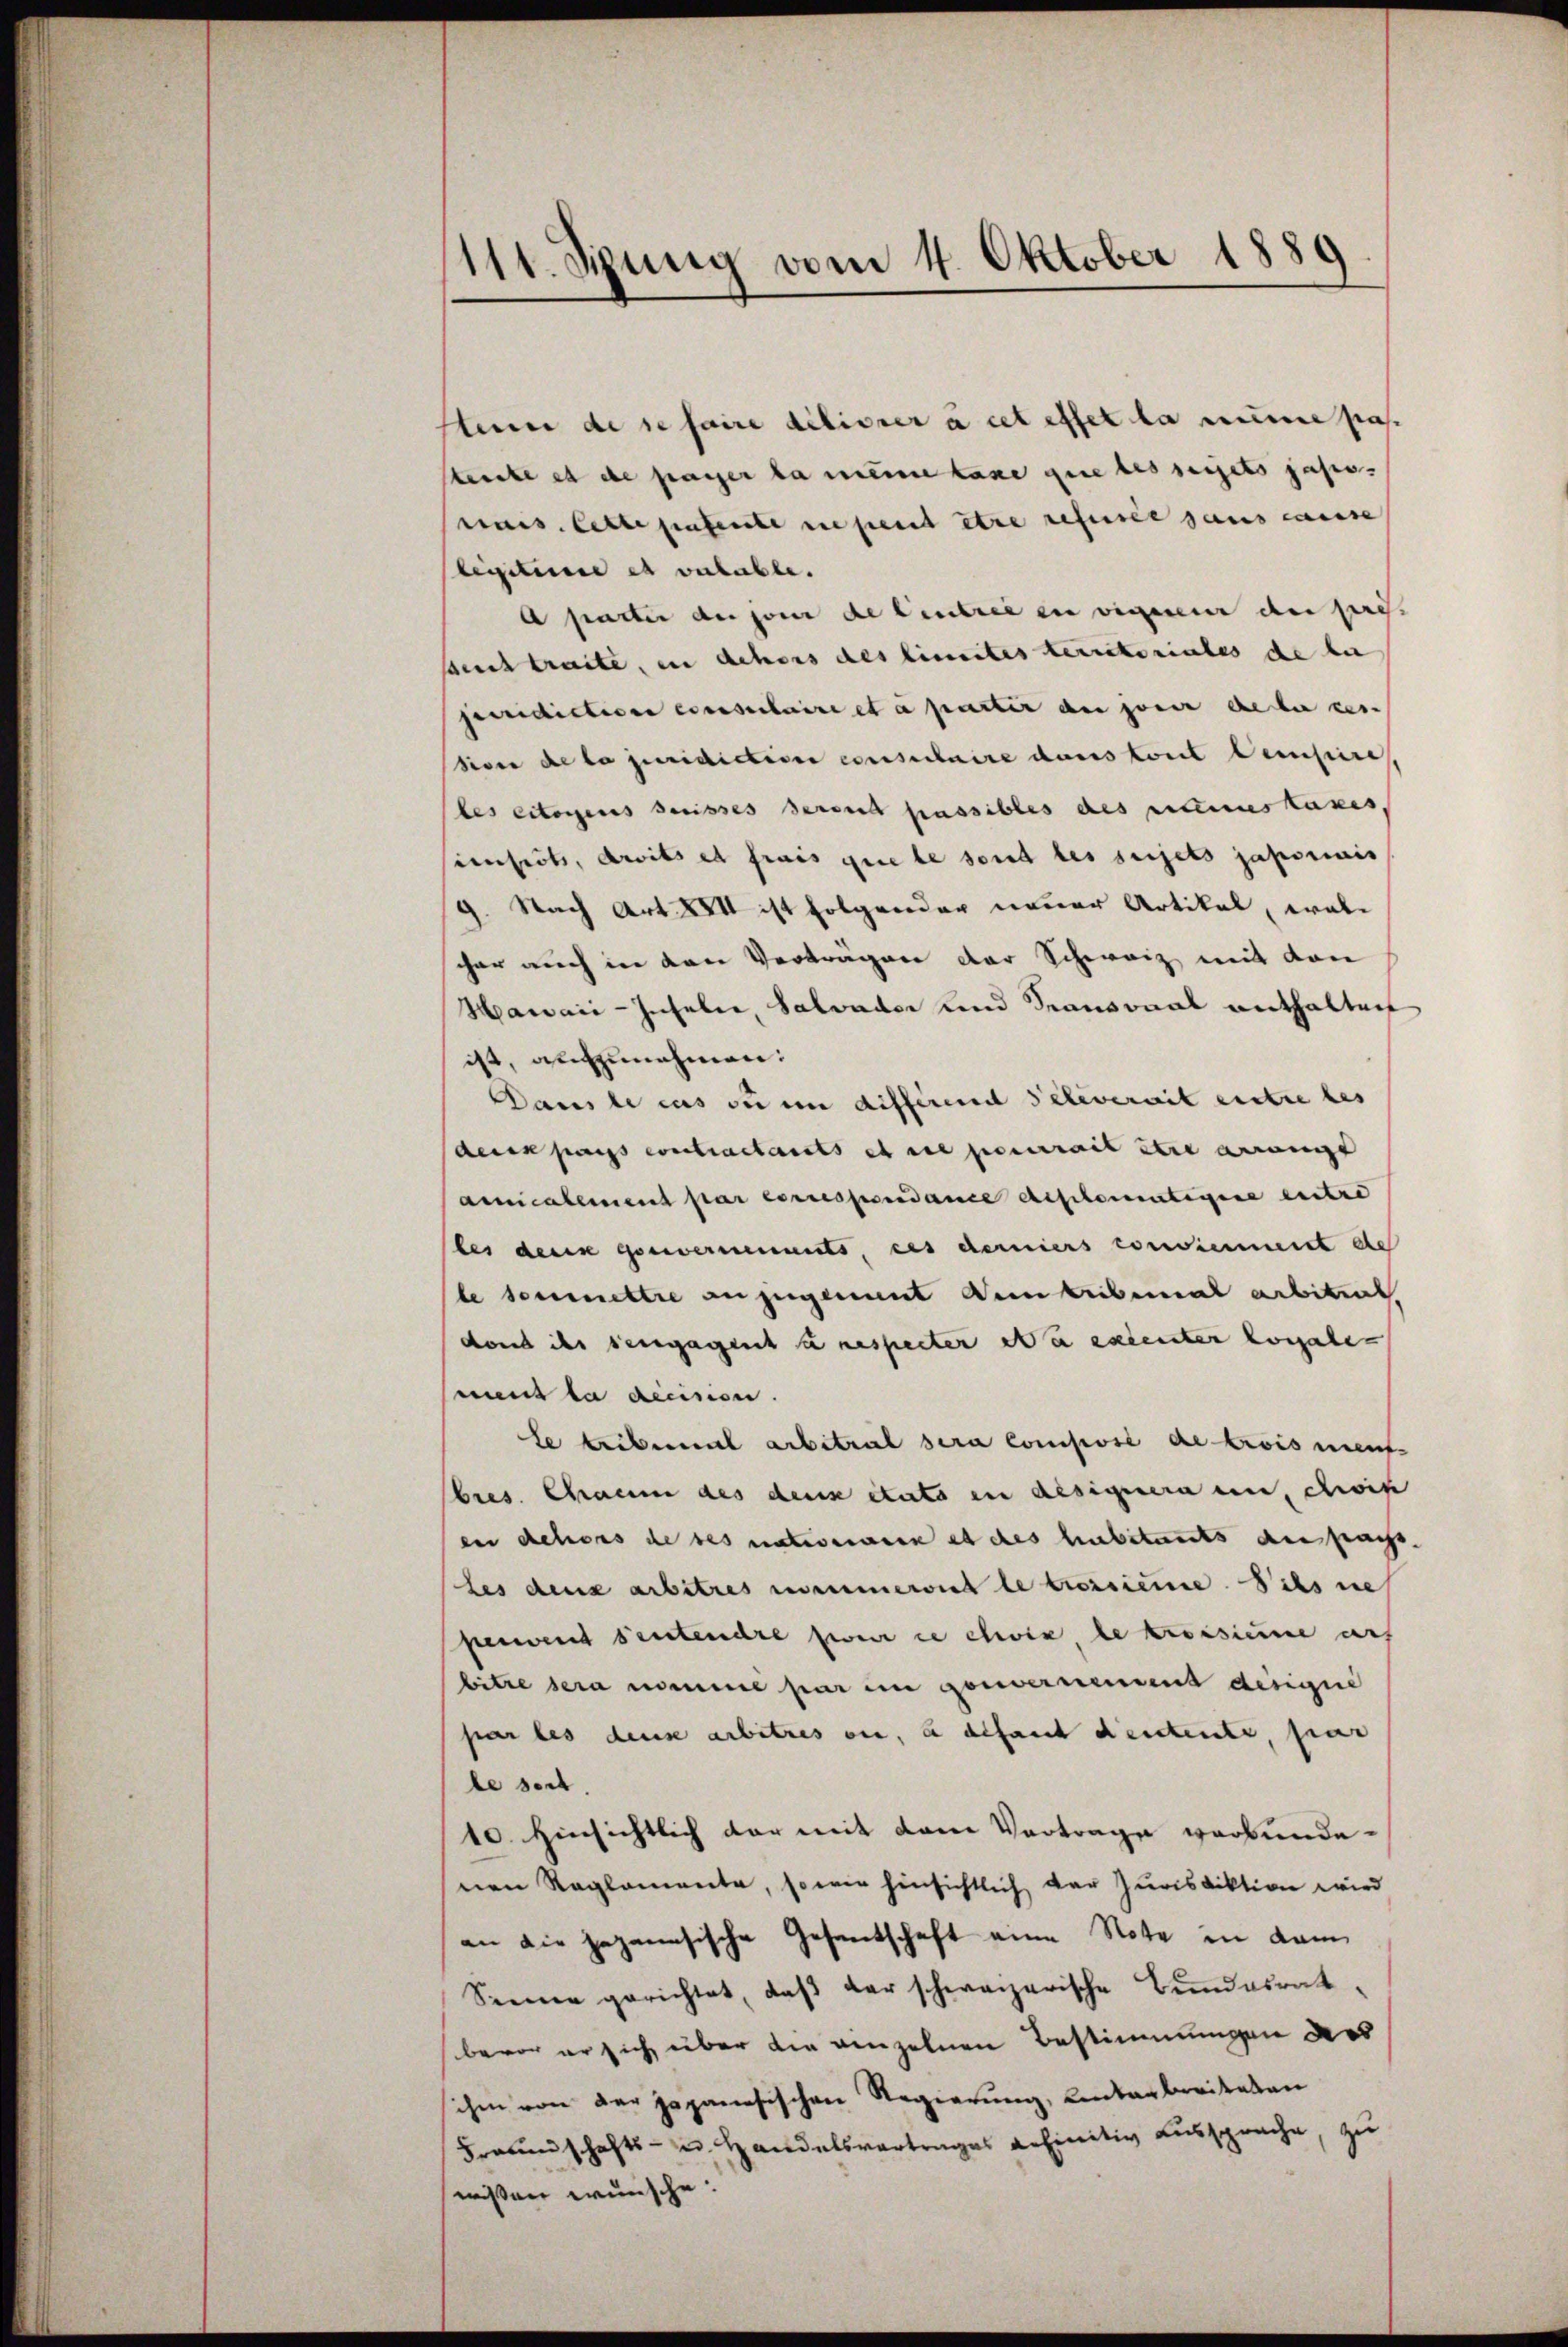
111. Jung vom 4. Oktober 1889

stum de se faire délivrer à cet effet la mine pas.
Sternte es de passer la meine taxe que besserets sass.
ais. Cette patente ne peut être refusée sans cause
lixitium et valable.
a parter de son de Centree in vigesen der pre-
speich traite, in dehors des limites territoriales de bei
puridictive consulaire et à partir du jouir de la ven
Siver de la juridiction consulaire dans tont leisins,
beseitigens serisses derend passibles des Kamertaxes,
senheit, droits et frais que le sont les sujets japorais
9. Nach Art. XVII ist folgender neuer Artikel, wobe
cher auch in den Verträgen der Schweiz mit den
Hawaić-Inseler, Salvader und Pansonal enthalten
ist, aufzunehmen:
Dans le cas die in differend Televerweit entre des
dein pas contractants et die pourrait dere ange
amnicalement par correspendance diplomiteine eintre
les denn Gouvernements, ces derniers consiement ebe
le soumettre anzugenant entribemal arbitent,
don ihr sengagent a respecter Na excenter horsale
eune la recision.
le beiberal arbetral sera Comisissé de trois ment
bies. Chramm des deux étato in desigenera en chwis
enn dehors de des natieren et des habitants der pass.
les dens arbitres nommeront le troisiere. Sils ne
serweit sentendre zwar in choix, le troisiere auf
bitre sera nomme par in Gouvernennend dirigie
par les dense anbetres ou, à défaut deutente, par
le seit
10. hinsichtlich der mit dem Vortrage verbunde.
nen Reglemente, so wie hinsichtlich der Jurisdiktion wird
an die japanesische Gesantschaft eine Note in dam
Sinne gerichtet, daß der schweizerische Bundesrat
bevor er sich über die einzelnen Bestimmungen des
ihm von der japanesischen Regierung, Unterbreiteten
Fraunschafts- u. Handelsvertrages definitiv aussprache, zu
wissen wünsche: